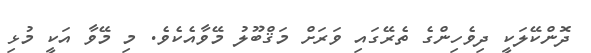
ދޮންކޭލަކީ ދިވެހިންގެ ތެރޭގައި ވަރަށް މަޤްބޫލު މޭވާއެކެވެ. މި މޭވާ އަކީ މުޅި